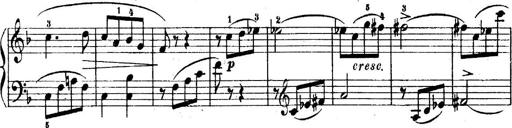
Title: 6 Piano Sonatinas
Composer: Cornelius Gurlitt